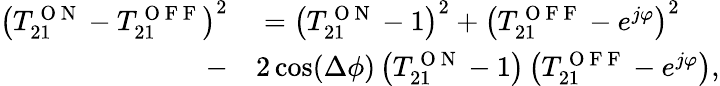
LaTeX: \begin{array}{rl}{\left(T_{21}^{\mathrm{~O~N~}}-T_{21}^{\mathrm{~O~F~F~}}\right)^{2}}&{{}=\left(T_{21}^{\mathrm{~O~N~}}-1\right)^{2}+\left(T_{21}^{\mathrm{~O~F~F~}}-e^{j\varphi}\right)^{2}}\\ {-}&{{}2\cos(\Delta\phi)\left(T_{21}^{\mathrm{~O~N~}}-1\right)\left(T_{21}^{\mathrm{~O~F~F~}}-e^{j\varphi}\right),}\end{array}